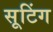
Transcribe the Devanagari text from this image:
सूटिंग